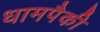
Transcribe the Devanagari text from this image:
धामपैकी